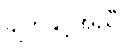
ချက်နှင့်အညီ